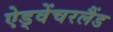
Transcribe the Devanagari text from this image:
ऐड्वेंचरलैंड